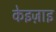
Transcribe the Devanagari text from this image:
केइज़ाइ